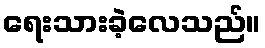
ရေးသားခဲ့လေသည်။